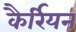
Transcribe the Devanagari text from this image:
कैर्रियन